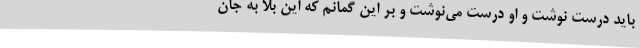
باید درست نوشت و او درست می‌نوشت و بر این گمانم که این بلا به جان